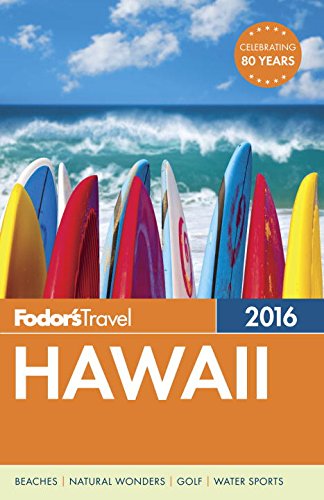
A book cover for Fodor's Hawaii 2016 (Full-color Travel Guide); Fodor's; Travel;